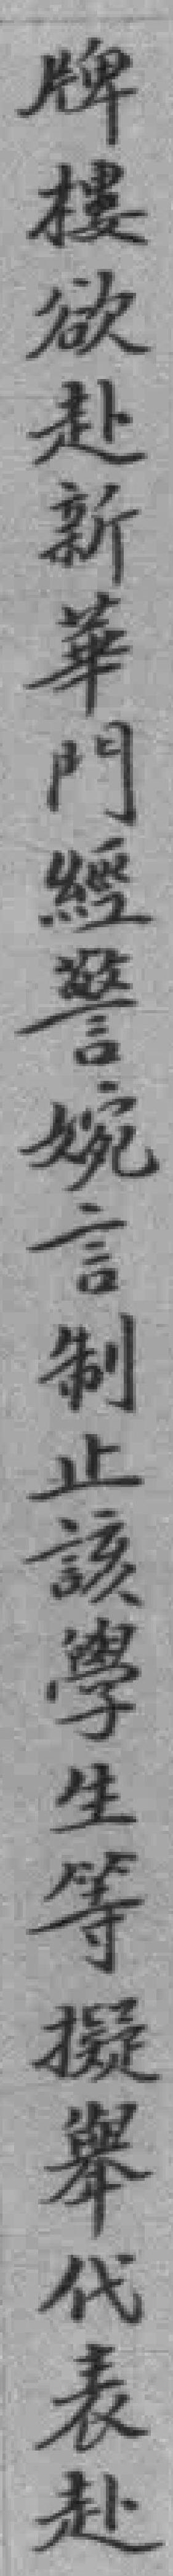
牌樓欲赴新華門經警婉言制止該學生等擬舉代表赴